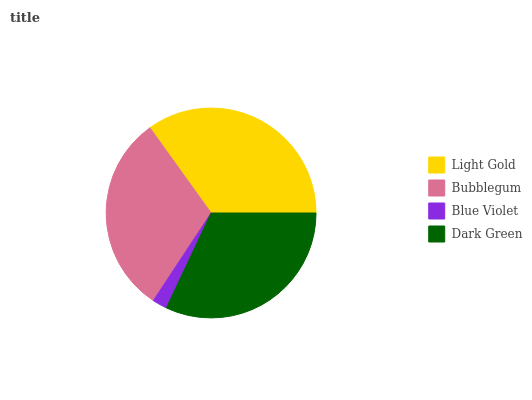
| Light Gold | Bubblegum | Blue Violet | Dark Green |
 | --- | --- | --- | --- |
 | 34.9% | 30.9% | 2.28% | 32% |